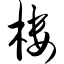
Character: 楼